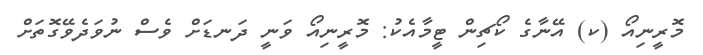
މޮރީނިއޯ (ކ) އޭނާގެ ކޯޗިން ޓީމާއެކު: މޮރީނިއޯ ވަނީ ދަނޑަށް ވެސް ނުވަދެވޭގޮތަށް